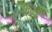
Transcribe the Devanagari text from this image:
थेओफिलस